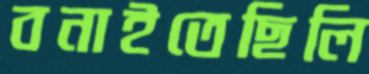
বনাইতেছিলি